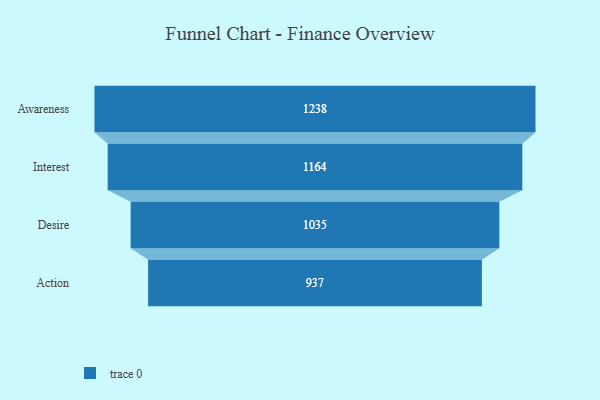
{"axis": {"x": "Stage", "y": "Value"}, "legend": [""], "data": [{"x": "Awareness", "y": 1238.0, "type": ""}, {"x": "Interest", "y": 1164.0, "type": ""}, {"x": "Desire", "y": 1035.0, "type": ""}, {"x": "Action", "y": 937.0, "type": ""}]}